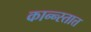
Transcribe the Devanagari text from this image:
कान्न्स्तात्त